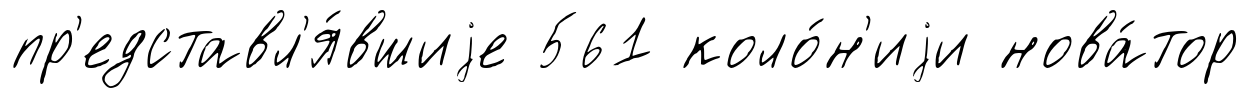
пр'едставл'я́вшиjе 561 коло́н'иjи нова́тор